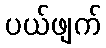
ပယ်ဖျက်